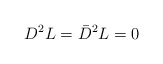
\begin{align*}D^{2}L = \bar{D}^{2}L = 0\end{align*}